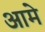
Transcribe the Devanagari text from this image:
आमे